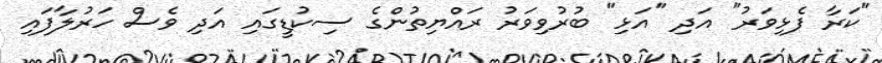
"ކަރާ ފެޅިވަރު" އަދި "އަޅި" ބުރުވިވަރު ރައްޔިތުންގެ ސިކުޑީގައި އަދި ވެސް ހަރުލާފައި